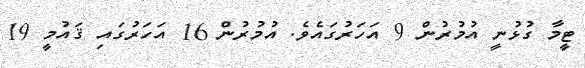
ޓީމާ ގުޅުނީ އުމުރުން 9 އަހަރުގައެވެ. އުމުރުން 16 އަހަރުގައި ޤައުމީ 19